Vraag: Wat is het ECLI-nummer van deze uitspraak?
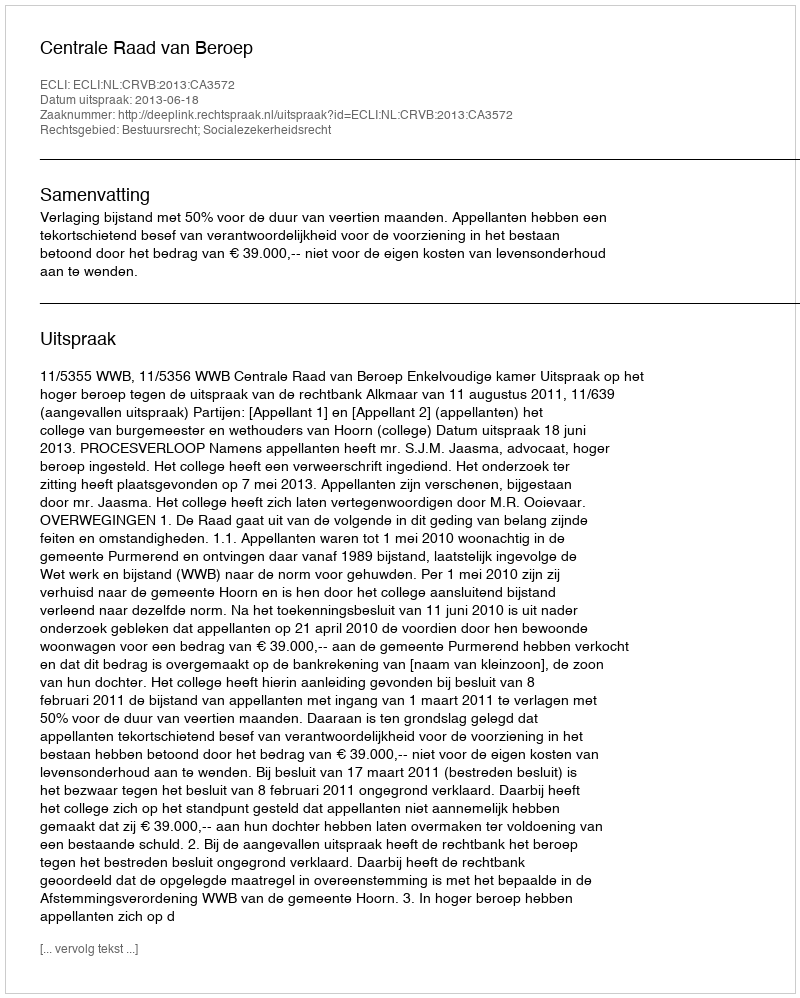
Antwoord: ECLI:NL:CRVB:2013:CA3572